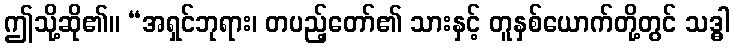
ဤသို့ဆို၏။ “အရှင်ဘုရား၊ တပည့်တော်၏ သားနှင့် တူနှစ်ယောက်တို့တွင် သဒ္ဓါ